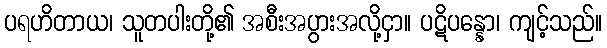
ပရဟိတာယ၊ သူတပါးတို့၏ အစီးအပွားအလို့ငှာ။ ပဋိပန္နော၊ ကျင့်သည်။